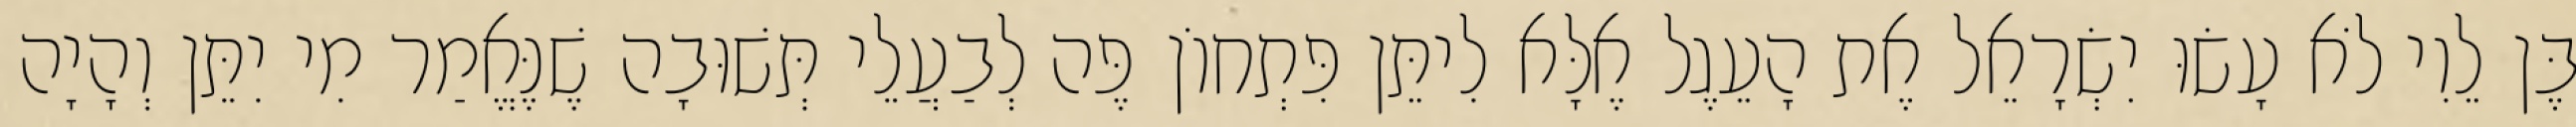
בֶּן לֵוִי לֹא עָשׂוּ יִשְׂרָאֵל אֶת הָעֵגֶל אֶלָּא לִיתֵּן פִּתְחוֹן פֶּה לְבַעֲלֵי תְּשׁוּבָה שֶׁנֶּאֱמַר מִי יִתֵּן וְהָיָה